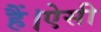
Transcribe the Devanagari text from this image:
हैं।ऐसी